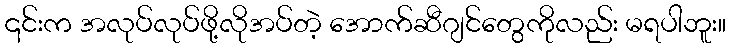
၎င်းက အလုပ်လုပ်ဖို့လိုအပ်တဲ့ အောက်ဆီဂျင်တွေကိုလည်း မရပါဘူး။